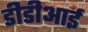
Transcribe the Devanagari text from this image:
डीडीआई